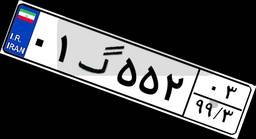
۱۸گ۶۹۰۳۷